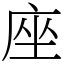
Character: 座